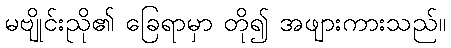
မဗျိုင်းညို၏ ခြေရာမှာ တို၍ အဖျားကားသည်။